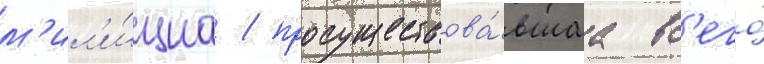
м'ил'и́циа / просуществова́вшаа вс'его́